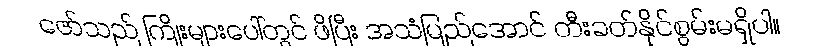
ဇော်သည် ကြိုးများပေါ်တွင် ဖိပြီး အသံမြည်အောင် တီးခတ်နိုင်စွမ်းမရှိပါ။